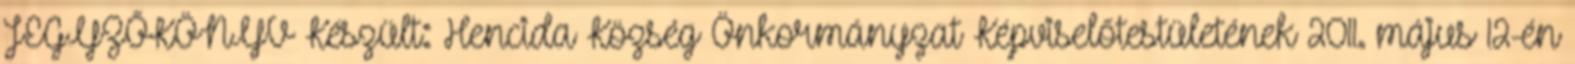
JEGYZŐKÖNYV Készült: Hencida Község Önkormányzat Képviselőtestületének 2011. május 12-én